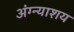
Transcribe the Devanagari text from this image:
अंग्न्याशय